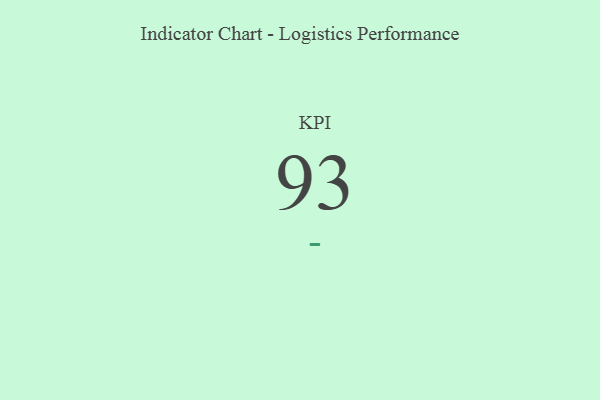
{"axis": {"x": "KPI", "y": "Value"}, "legend": [""], "data": [{"x": "KPI", "y": 93, "type": ""}]}